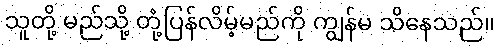
သူတို့ မည်သို့ တုံ့ပြန်လိမ့်မည်ကို ကျွန်မ သိနေသည်။